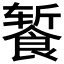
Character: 𬲕